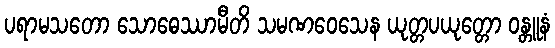
ပရာမသတော သောဓေဿာမီတိ သမဏဝေသေန ယုတ္တပယုတ္တော ဝန္တူနံ